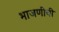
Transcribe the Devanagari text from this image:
भाजणीची